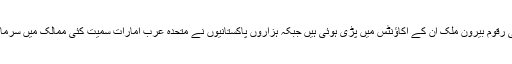
پاکستان میں ایک عرصہ سے مختلف سیاست دانوں کے حوالے سے کہا جا رہا ہے کہ ان کی اربوں روپے کی رقوم بیرون ملک ان کے اکاؤنٹس میں پڑی ہوئی ہیں جبکہ ہزاروں پاکستانیوں نے متحدہ عرب امارات سمیت کئی ممالک میں سرمایہ کاری کر رکھی ہے جس پر عدالت عظمیٰ نے نوٹس لیا ہے اور متعلقہ اداروں سے تفصیلات طلب کی ہیں۔